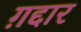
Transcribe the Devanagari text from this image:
ग़द्दार